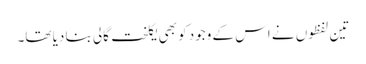
تین لفظوں نے اس کے وجود کو بھی یکلخت گالی بنا دیا تھا۔